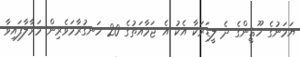
ޔަމަނުގެ ހޫޘީންގެ ދެ ލީޑަރަކާ އެކު އެ ޖަމާއަތުގެ 20 ހަނގުރާމަވެރިން މަރާލާފައިވާ